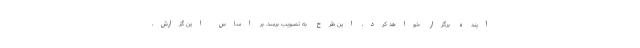
آینده برگزار خواهد کرد، این طرح به تصویب برسد. بر اساس این گزارش،